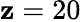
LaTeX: \mathbf{z}=20